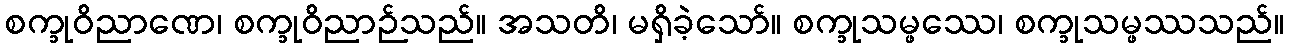
စက္ခုဝိညာဏေ၊ စက္ခုဝိညာဉ်သည်။ အသတိ၊ မရှိခဲ့သော်။ စက္ခုသမ္ဖဿေ၊ စက္ခုသမ္ဖဿသည်။